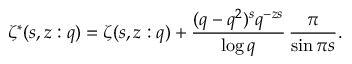
\zeta ^ { * } ( s , z : q ) = \zeta ( s , z : q ) + \frac { ( q - q ^ { 2 } ) ^ { s } q ^ { - z s } } { \log q } \, \frac { \pi } { \sin \pi s } .